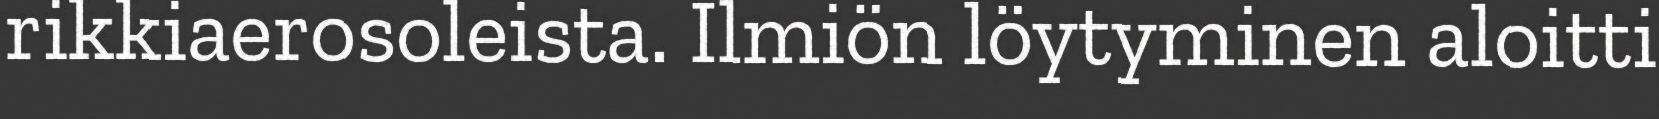
rikkiaerosoleista. Ilmiön löytyminen aloitti